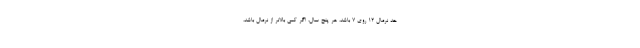
حد نرمال 12 روی 7 باشد، هر پنج سال، اگر کمی بالاتر از نرمال باشد،